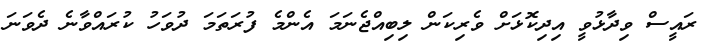
ރައީސް ވިދާޅުވީ އިދިކޮޅަށް ވެރިކަން ލިބިއްޖެނަމަ އެންމެ ފުރަތަމަ ދުވަހު ކުރައްވާނެ ދެވަނަ